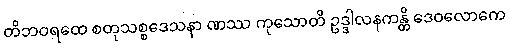
တိဘဝရထေ စတုသစ္စဒေသနာ ဏဿ ကုသောတိ ဥဒ္ဒါလနကန္တိ ဒေဝလောကေ